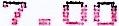
7.00